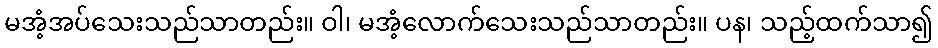
မအံ့အပ်သေးသည်သာတည်း။ ဝါ၊ မအံ့လောက်သေးသည်သာတည်း။ ပန၊ သည့်ထက်သာ၍